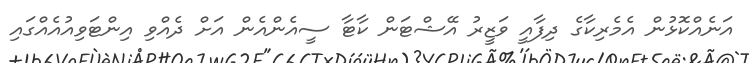
އަނެއްކޮޅުން އެމެރިކާގެ ދިފާއީ ވަޒީރު އޭޝްޓަން ކާޓާ ސީއެންއެން އަށް ދެއްވި އިންޓަވިއުއެއްގައި